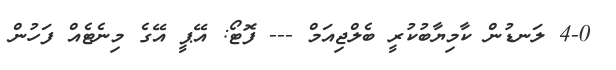
4-0 ލަނޑުން ކާމިޔާބުކުރީ ބެލްޖިއަމް --- ފޮޓޯ: އޭޕީ އޭގެ މިނެޓެއް ފަހުން